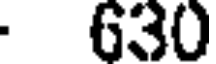
630